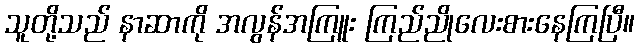
သူတို့သည် နာဆာကို အလွန်အကြူး ကြည်ညိုလေးစားနေကြပြီ။